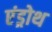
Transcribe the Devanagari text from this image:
एंड्रोथ